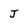
Character: J